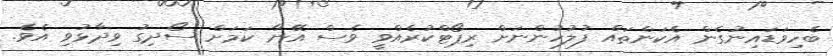
ބެހިވަޑައިނުގެން އެކަންތައް ފުލުހުންނަށް ރިޕޯޓްކުރެއްވީ ވެސް އޭނާ ކަމަށް ސޯދިގު ވިދާޅުވި އެވެ.